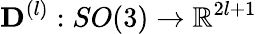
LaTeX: \mathbf{D}^{(l)}:SO(3)\rightarrow\mathbb{R}^{2l+1}